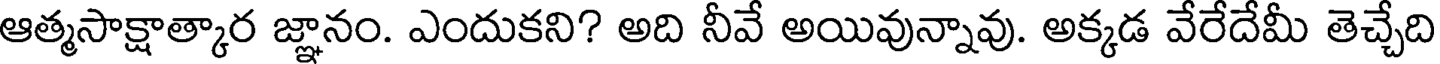
ఆత్మసాక్షాత్కార జ్ఞానం. ఎందుకని? అది నీవే అయివున్నావు. అక్కడ వేరేదేమీ తెచ్చేది